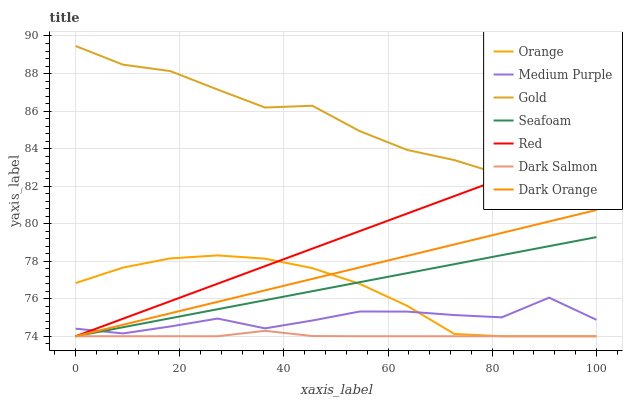
| xaxis_label | Orange | Medium Purple | Gold | Seafoam | Red | Dark Salmon | Dark Orange |
 | --- | --- | --- | --- | --- | --- | --- | --- |
 | 0 | 76.8 | 74.4 | 89.5 | 74 | 74 | 74 | 74 |
 | 9.09 | 77.7 | 74.2 | 88.5 | 74.5 | 74.9 | 74 | 74.6 |
 | 18.2 | 78.1 | 74.5 | 88.1 | 75 | 75.9 | 74 | 75.2 |
 | 27.3 | 78.3 | 74.9 | 87.1 | 75.4 | 76.8 | 74 | 75.8 |
 | 36.4 | 78.1 | 74.4 | 86.2 | 75.9 | 77.7 | 74.3 | 76.4 |
 | 45.5 | 77.6 | 74.8 | 86.3 | 76.4 | 78.7 | 74 | 77.1 |
 | 54.5 | 76.8 | 75.3 | 84.9 | 76.9 | 79.6 | 74 | 77.7 |
 | 63.6 | 75.6 | 75.3 | 83.9 | 77.4 | 80.5 | 74 | 78.3 |
 | 72.7 | 74.1 | 75.1 | 83.4 | 77.8 | 81.5 | 74 | 78.9 |
 | 81.8 | 74 | 75 | 82.6 | 78.3 | 82.4 | 74 | 79.5 |
 | 90.9 | 74 | 76.1 | 82.7 | 78.8 | 83.3 | 74 | 80.1 |
 | 100 | 74 | 74.9 | 82.1 | 79.3 | 84.3 | 74 | 80.7 |